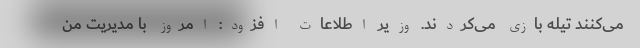
می‌کنند تیله بازی می‌کردند. وزیر اطلاعات افزود: امروز با مدیریت من